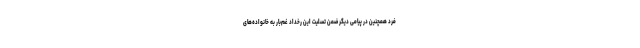
فرد همچنین در پیامی دیگر ضمن تسلیت این رخداد غم‌بار به خانواده‌های